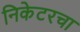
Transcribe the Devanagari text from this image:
निकेटरचा